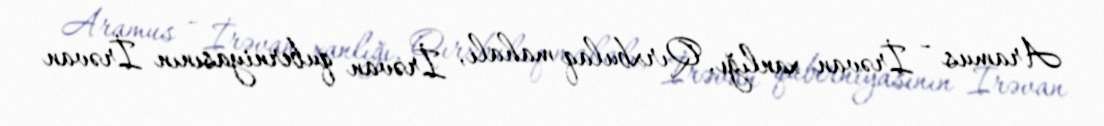
Aramus - İrəvan xanlığı, Qırxbulaq mahalı, İrəvan quberniyasının İrəvan